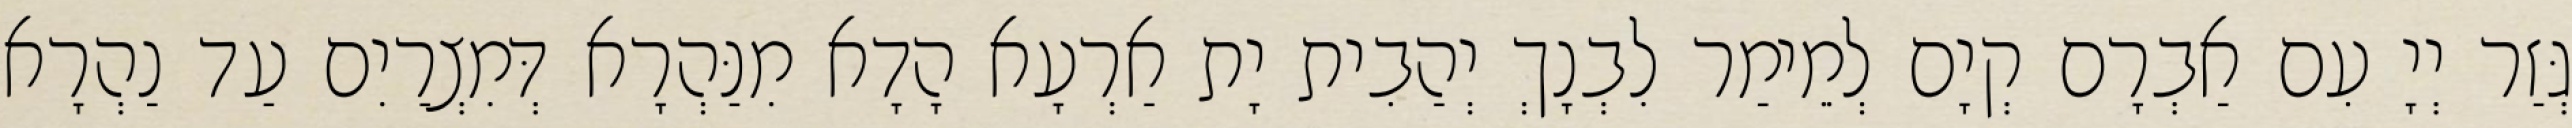
גְּזַר יְיָ עִם אַבְרָם קְיָם לְמֵימַר לִבְנָךְ יְהַבִית יָת אַרְעָא הָדָא מִנַּהְרָא דְּמִצְרַיִם עַד נַהְרָא